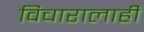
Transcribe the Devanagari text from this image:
विचारालाही